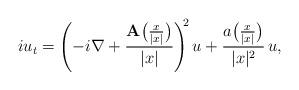
LaTeX: \begin{align*} iu_t=\left(-i\nabla+ \dfrac{{\mathbf{A}}\big(\frac{x}{|x|}\big)} {|x|}\right)^{\!\!2} u+ \dfrac{a\big(\frac{x}{|x|}\big)}{|x|^2}\,u,\end{align*}